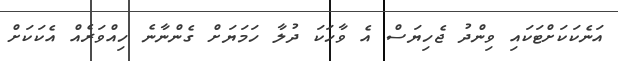
އަނެކަކަށްޓަކައި ވިންދު ޖެހިޔަސް އެ ވާހަކަ ދުލާ ހަމަޔަށް ގެންނާނެ ހިއްވަރެއް އެކަކަށް